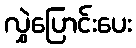
လွှဲပြောင်းပေး